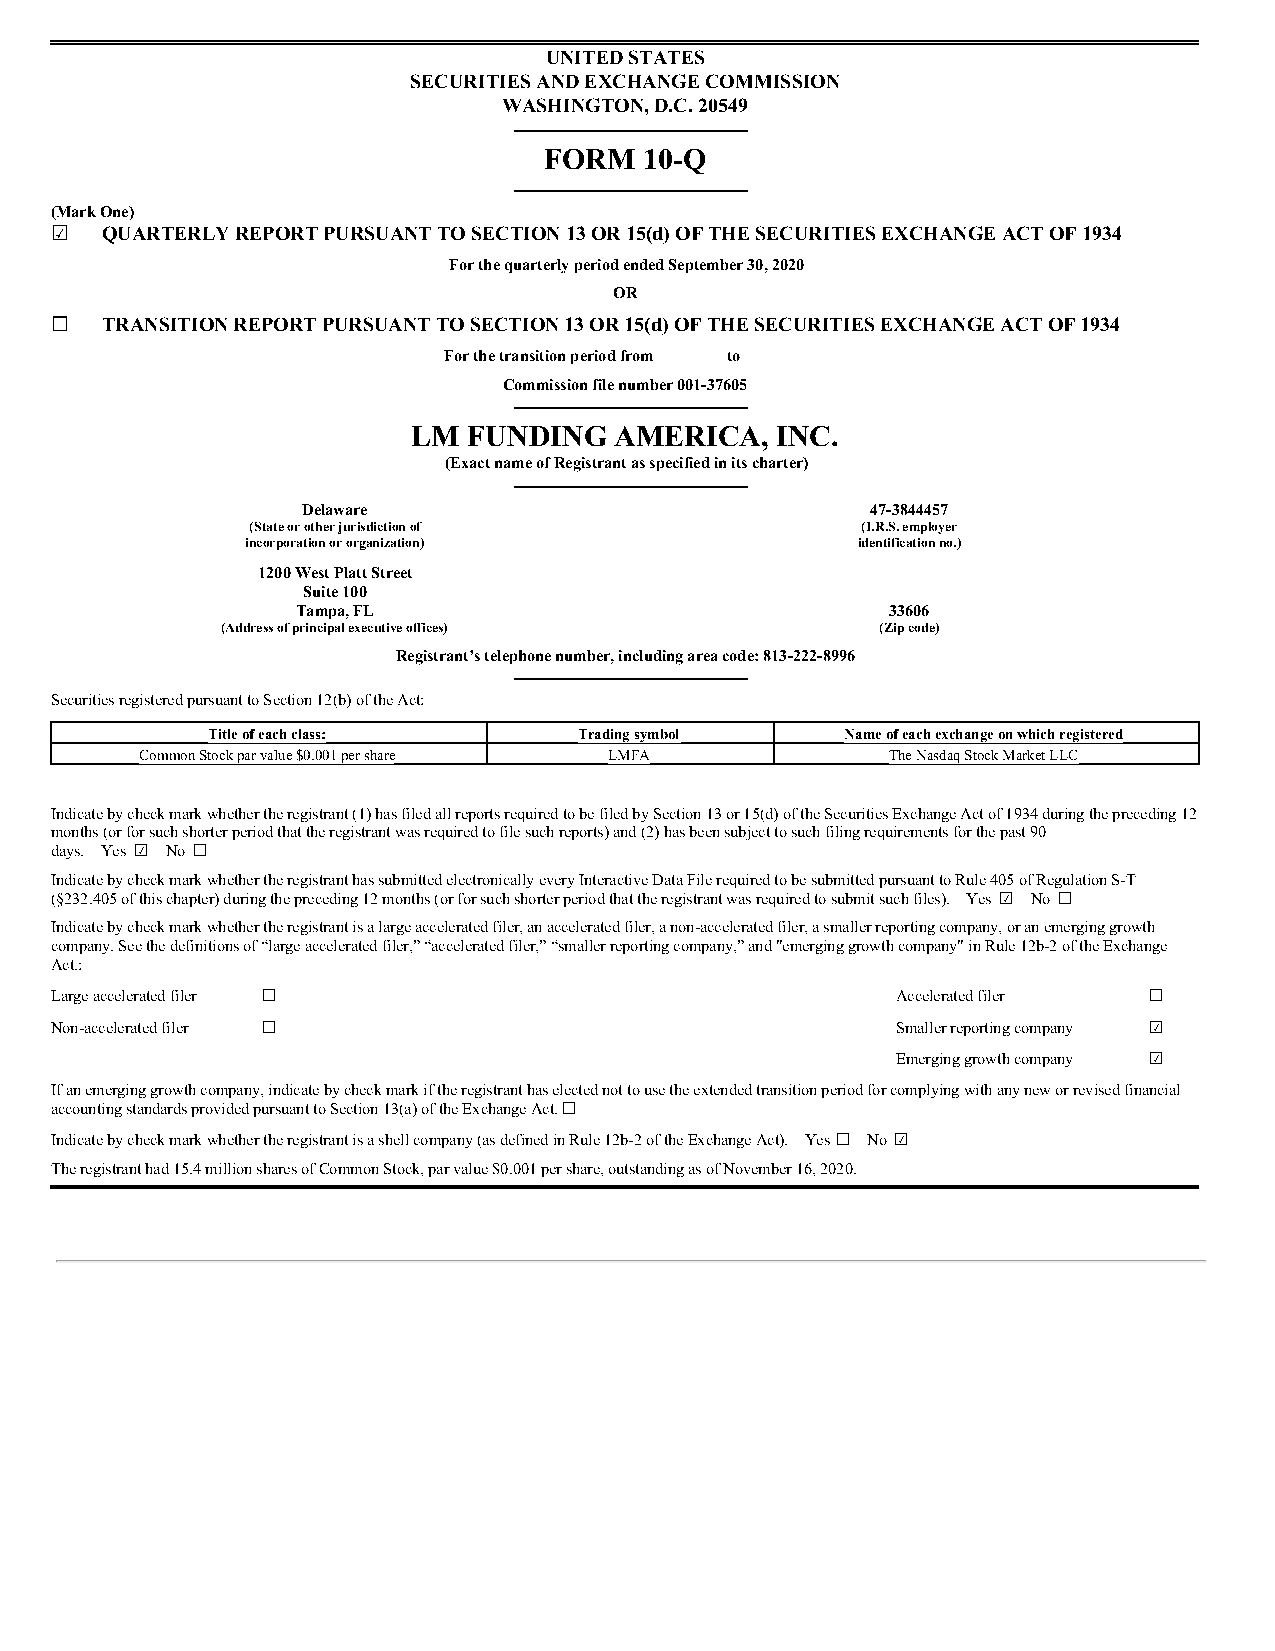
UNITED STATES
 SECURITIES AND EXCHANGE COMMISSION
 WASHINGTON, D.C. 20549
 FORM   10-Q
 (Mark One)
 ☑   QUARTERLY REPORT PURSUANT TO SECTION 13 OR 15(d) OF THE SECURITIES EXCHANGE ACT OF 1934
 For the quarterly period ended September 30, 2020
 OR
 ☐   TRANSITION REPORT PURSUANT TO SECTION 13 OR 15(d) OF THE SECURITIES EXCHANGE ACT OF 1934
 For the transition period from to
 Commission file number 001-37605
 LM  FUNDING   AMERICA,  INC.
 (Exact name of Registrant as specified in its charter)
 Delaware                              47-3844457
 (State or other jurisdiction of         (I.R.S. employer
 incorporation or organization)           identification no.)
 1200 West Platt Street
 Suite 100
 Tampa, FL                              33606
 (Address of principal executive offices)   (Zip code)
 Registrant’s telephone number, including area code: 813-222-8996
 Securities registered pursuant to Section 12(b) of the Act:
 Title of each class:    Trading symbol    Name of each exchange on which registered
 Common Stock par value $0.001 per share LMFA      The Nasdaq Stock Market LLC
 Indicate by check mark whether the registrant (1) has filed all reports required to be filed by Section 13 or 15(d) of the Securities Exchange Act of 1934 during the preceding 12
 months (or for such shorter period that the registrant was required to file such reports) and (2) has been subject to such filing requirements for the past 90
 days. Yes ☑ No ☐
 Indicate by check mark whether the registrant has submitted electronically every Interactive Data File required to be submitted pursuant to Rule 405 of Regulation S-T
 (§232.405 of this chapter) during the preceding 12 months (or for such shorter period that the registrant was required to submit such files). Yes ☑ No ☐
 Indicate by check mark whether the registrant is a large accelerated filer, an accelerated filer, a non-accelerated filer, a smaller reporting company, or an emerging growth
 company. See the definitions of “large accelerated filer,” “accelerated filer,” “smaller reporting company,” and "emerging growth company" in Rule 12b-2 of the Exchange
 Act.:
 Large accelerated filer ☐                               Accelerated filer ☐
 Non-accelerated filer ☐                                 Smaller reporting company ☑
 Emerging growth company ☑
 If an emerging growth company, indicate by check mark if the registrant has elected not to use the extended transition period for complying with any new or revised financial
 accounting standards provided pursuant to Section 13(a) of the Exchange Act. ☐
 Indicate by check mark whether the registrant is a shell company (as defined in Rule 12b-2 of the Exchange Act). Yes ☐ No ☑
 The registrant had 15.4 million shares of Common Stock, par value $0.001 per share, outstanding as of November 16, 2020.